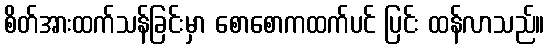
စိတ်အားထက်သန်ခြင်းမှာ စောစောကထက်ပင် ပြင်း ထန်လာသည်။